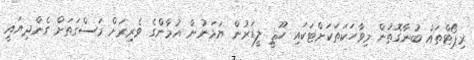
ރިޕޯޓްތައް ބުނާގޮތުން މިވާހަކަތަކަށްޓަކައި ހޫޘީ ލީޑަރުން ޔަމަނުން އުމާންގެ ވެރިރަށް މަސްގަތަށް ގެންދިޔައީ